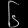
Digit: ၆